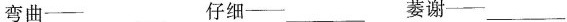
弯曲—___ 仔细—___ 萎谢—___